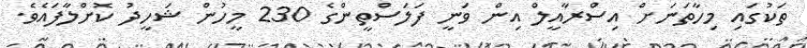
ތަކުގައި މިހާތަނަށް އިސްރާއީލް އިން ވަނީ ފަލަސްތީންގެ 230 މީހުން ޝަހީދު ކޮށްލާފައެވެ.